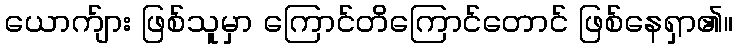
ယောက်ျား ဖြစ်သူမှာ ကြောင်တိကြောင်တောင် ဖြစ်နေရှာ၏။